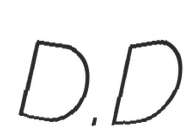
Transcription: D.D